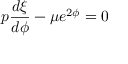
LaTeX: p \frac { d \xi } { d \phi } - \mu e ^ { 2 \phi } = 0